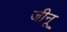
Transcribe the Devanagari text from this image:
जीनू